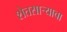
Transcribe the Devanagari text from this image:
शेतसार्‍याचा